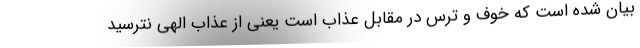
بیان شده است که خوف و ترس در مقابل عذاب است یعنی از عذاب الهی نترسید